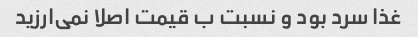
غذا سرد بود و نسبت ب قیمت اصلا نمی‌ارزید